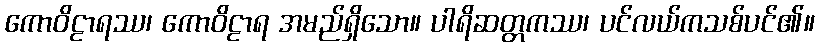
ကောဝိဠာရဿ၊ ကောဝိဠာရ အမည်ရှိသော။ ပါရိဆတ္တကဿ၊ ပင်လယ်ကသစ်ပင်၏။